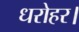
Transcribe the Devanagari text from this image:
धरोहर।